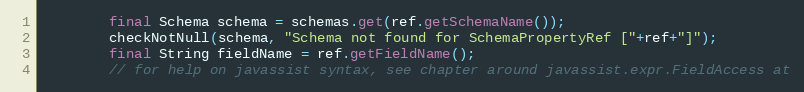
Language: Java
        final Schema schema = schemas.get(ref.getSchemaName());
        checkNotNull(schema, "Schema not found for SchemaPropertyRef ["+ref+"]");
        final String fieldName = ref.getFieldName();
        // for help on javassist syntax, see chapter around javassist.expr.FieldAccess at